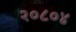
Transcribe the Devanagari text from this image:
२०८०४